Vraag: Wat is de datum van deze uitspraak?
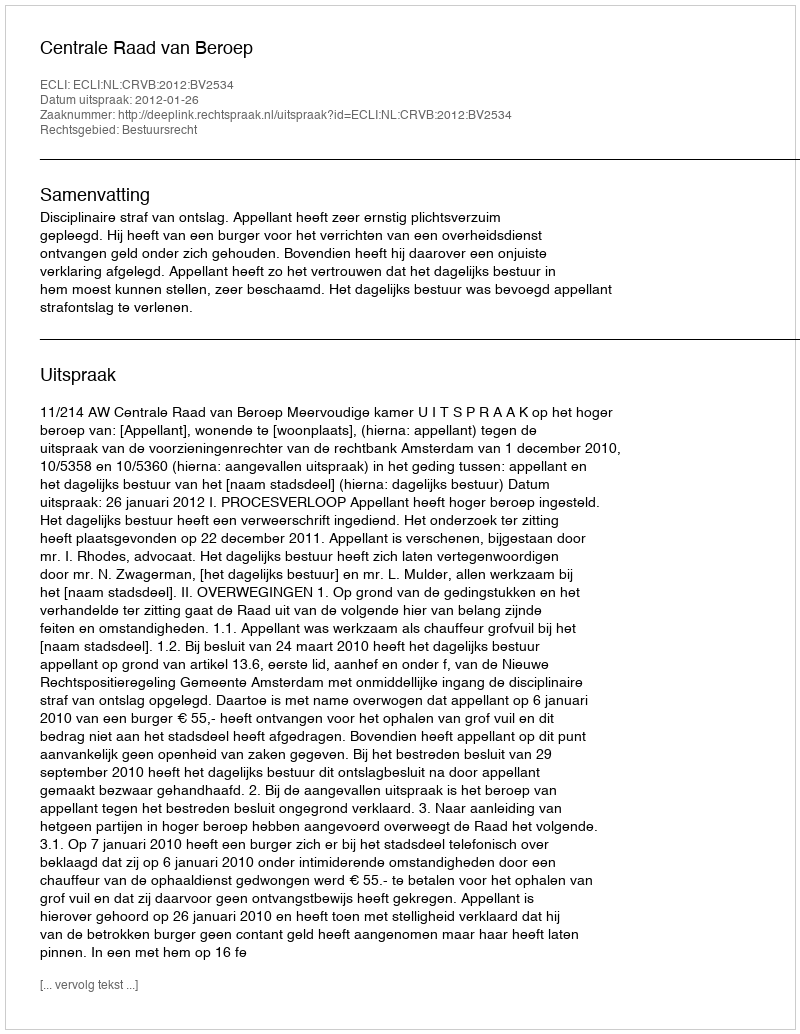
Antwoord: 2012-01-26